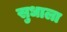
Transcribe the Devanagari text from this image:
सुधाला